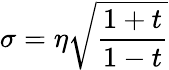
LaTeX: \sigma=\eta\sqrt{\frac{1+t}{1-t}}